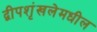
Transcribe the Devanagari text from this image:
द्वीपशृंखलेमधील